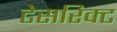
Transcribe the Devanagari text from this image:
टेसरिक्ट